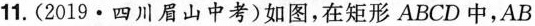
11.(2019.四川眉山中考)如图，在矩形ABCD中，AB